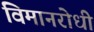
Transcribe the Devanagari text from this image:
विमानरोधी